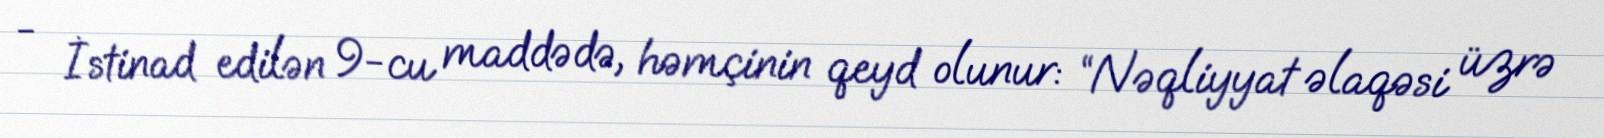
- İstinad edilən 9-cu maddədə, həmçinin qeyd olunur: “Nəqliyyat əlaqəsi üzrə